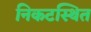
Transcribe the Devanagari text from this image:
निकटस्थित